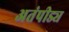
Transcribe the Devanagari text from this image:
अतंपीड्य